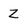
Character: z